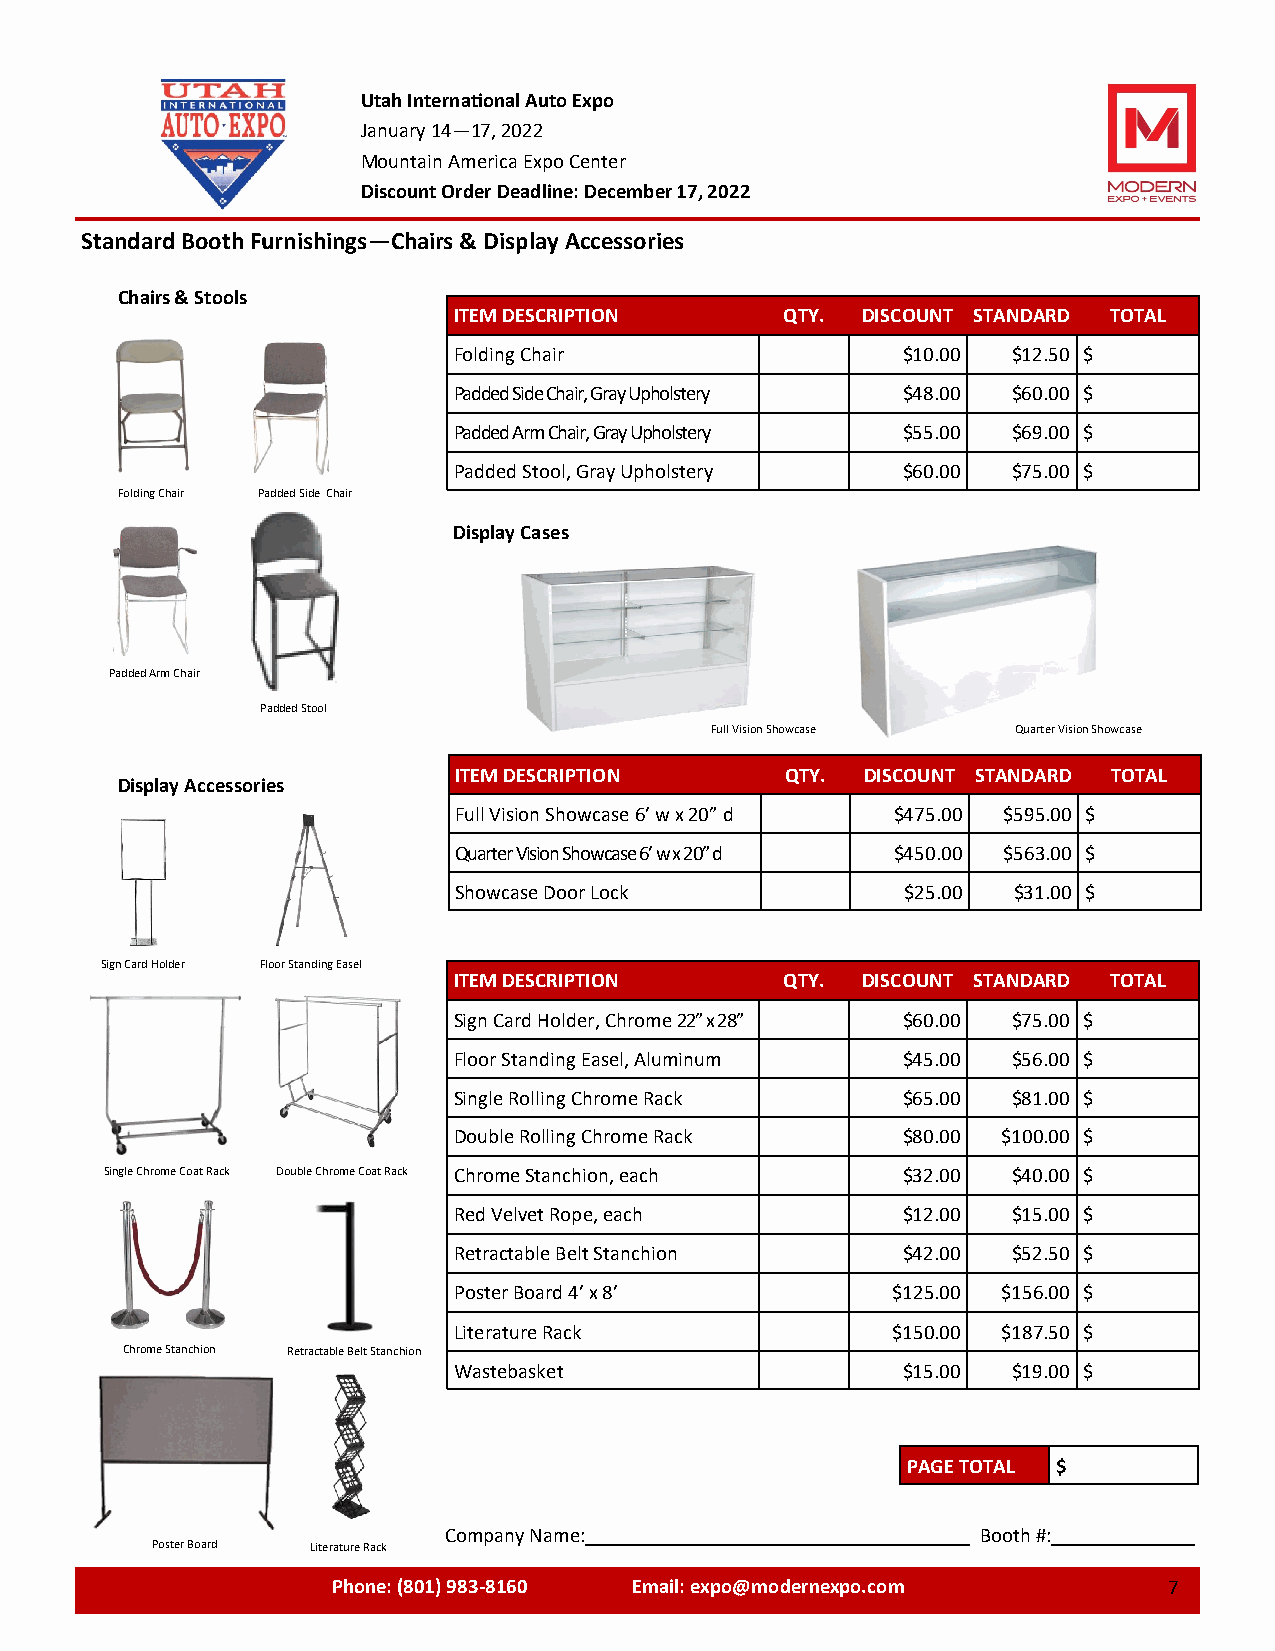
Utah International Auto Expo
 January 14—17, 2022
 Mountain America Expo Center
 Discount Order Deadline: December 17, 2022
 Standard Booth Furnishings—Chairs & Display Accessories
 Chairs & Stools
 ITEM DESCRIPTION      QTY. DISCOUNT STANDARD TOTAL
 Folding Chair                 $10.00 $12.50 $
 Padded Side Chair, Gray Upholstery $48.00 $60.00 $
 Padded Arm Chair, Gray Upholstery $55.00 $69.00 $
 Padded Stool, Gray Upholstery $60.00 $75.00 $
 Folding Chair Padded Side Chair
 Display Cases
 Padded Arm Chair
 Padded Stool
 Full Vision Showcase Quarter Vision Showcase
 ITEM DESCRIPTION      QTY. DISCOUNT STANDARD TOTAL
 Display Accessories
 Full Vision Showcase 6’ w x 20” d $475.00 $595.00 $
 Quarter Vision Showcase 6’ w x 20” d $450.00 $563.00 $
 Showcase Door Lock            $25.00 $31.00 $
 Sign Card Holder Floor Standing Easel
 ITEM DESCRIPTION      QTY. DISCOUNT STANDARD TOTAL
 Sign Card Holder, Chrome 22” x 28” $60.00 $75.00 $
 Floor Standing Easel, Aluminum $45.00 $56.00 $
 Single Rolling Chrome Rack    $65.00 $81.00 $
 Double Rolling Chrome Rack    $80.00 $100.00 $
 Single Chrome Coat Rack Double Chrome Coat Rack Chrome Stanchion, each $32.00 $40.00 $
 Red Velvet Rope, each         $12.00 $15.00 $
 Retractable Belt Stanchion    $42.00 $52.50 $
 Poster Board 4’ x 8’         $125.00 $156.00 $
 Literature Rack              $150.00 $187.50 $
 Chrome Stanchion Retractable Belt Stanchion
 Wastebasket                   $15.00 $19.00 $
 PAGE TOTAL $
 Company Name:                       Booth #:
 Poster Board Literature Rack
 Phone: (801) 983-8160 Email: expo@modernexpo.com   77777X277 7